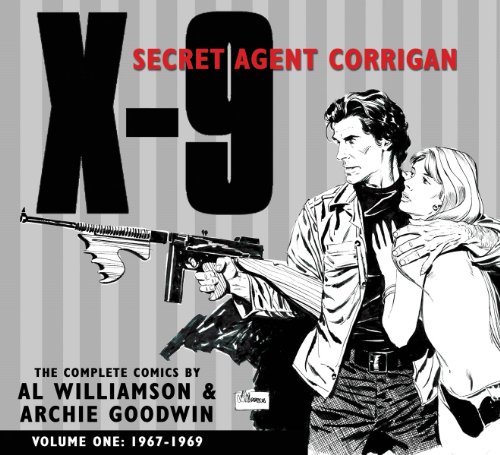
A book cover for X-9: Secret Agent Corrigan Volume 1; Al Williamson; Humor & Entertainment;